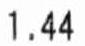
1.44